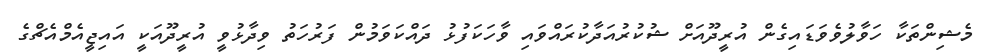
މެޝިންތަކާ ހަވާލުވެވަޑައިގެން އުރީދޫއަށް ޝުކުރުއަދާކުރައްވައި ވާހަކަފުޅު ދައްކަވަމުން ފަރުހަތު ވިދާޅުވީ އުރީދޫއަކީ އައިޖީއެމްއެޗްގެ